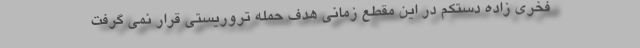
فخری زاده دستکم در این مقطع زمانی هدف حمله تروریستی قرار نمی گرفت